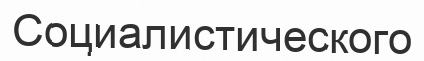
Социалистического